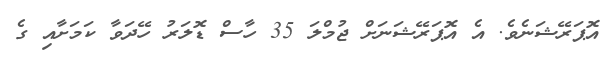
އޮޕަރޭޝަނެވެ. އެ އޮޕަރޭޝަނަށް ޖުމްލަ 35 ހާސް ޑޮލަރު ހޭދަވާ ކަމަށާއި ގެ